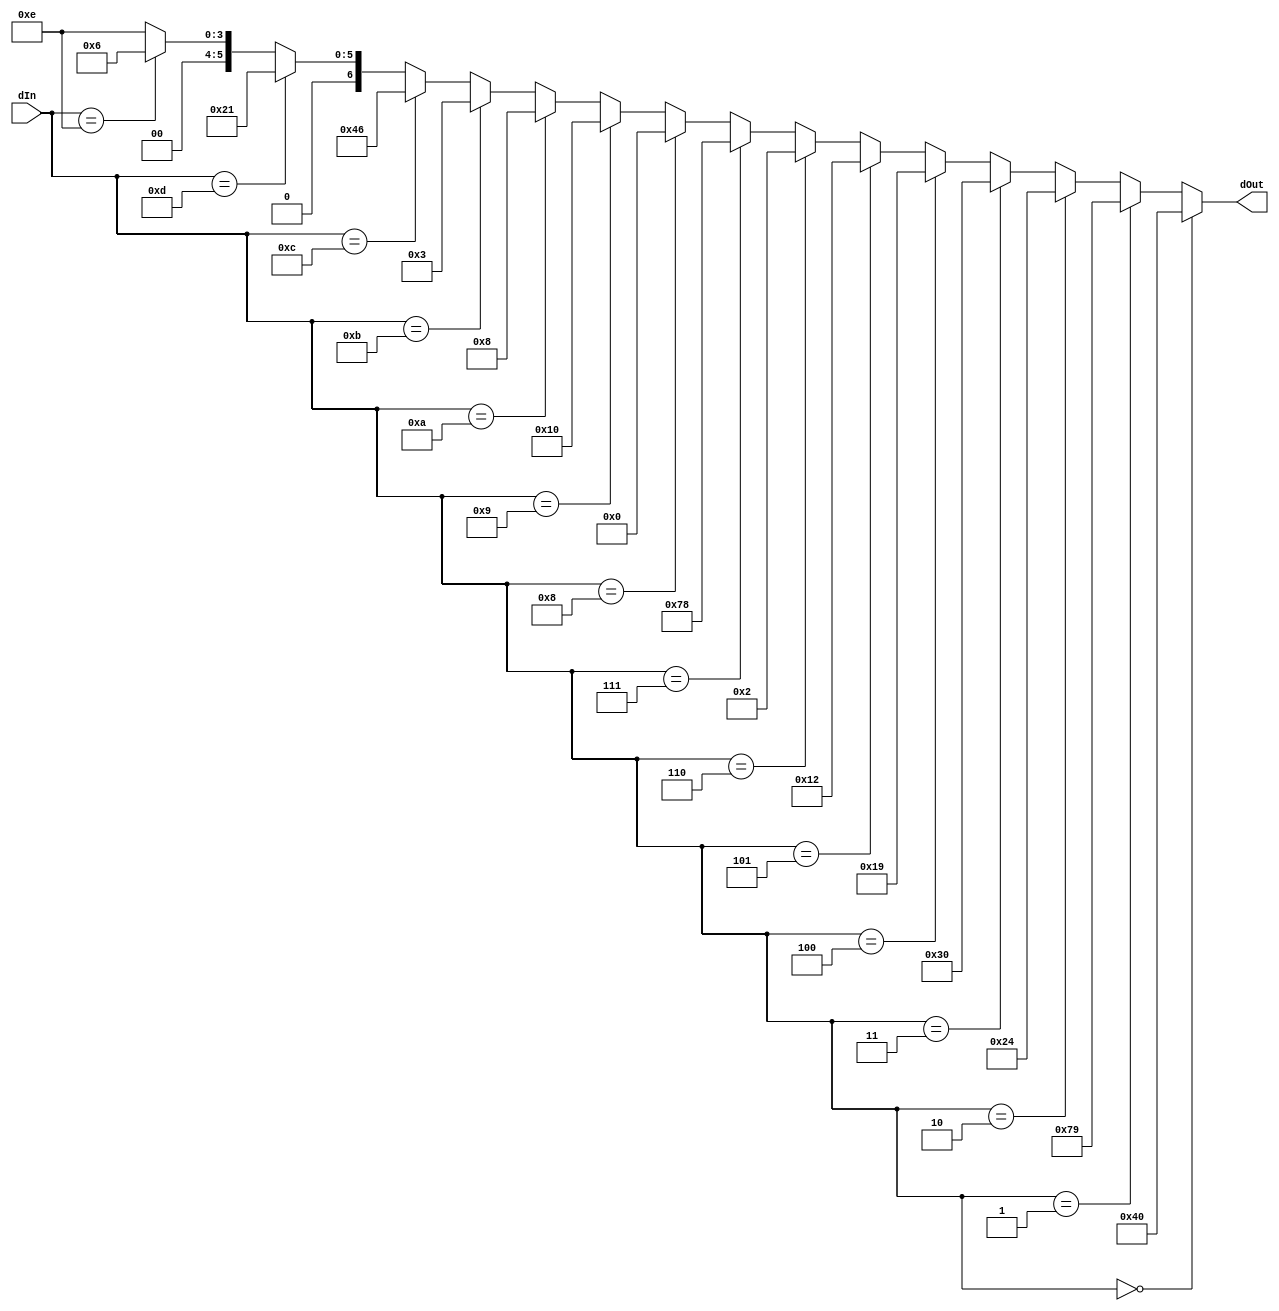
module SevenSeg(dIn, dOut);
	input  [3:0] dIn;
	output [6:0] dOut;
	assign dOut =
	  (dIn == 4'h0) ? 7'b1000000 :
	  (dIn == 4'h1) ? 7'b1111001 :
	  (dIn == 4'h2) ? 7'b0100100 :
	  (dIn == 4'h3) ? 7'b0110000 :
	  (dIn == 4'h4) ? 7'b0011001 :
	  (dIn == 4'h5) ? 7'b0010010 :
	  (dIn == 4'h6) ? 7'b0000010 :
	  (dIn == 4'h7) ? 7'b1111000 :
	  (dIn == 4'h8) ? 7'b0000000 :
	  (dIn == 4'h9) ? 7'b0010000 :
	  (dIn == 4'hA) ? 7'b0001000 :
	  (dIn == 4'hb) ? 7'b0000011 :
	  (dIn == 4'hc) ? 7'b1000110 :
	  (dIn == 4'hd) ? 7'b0100001 :
	  (dIn == 4'he) ? 7'b0000110 :
	  /*IN == 4'hf*/  7'b0001110 ;
endmodule